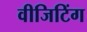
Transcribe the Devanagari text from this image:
वीजिटिंग